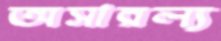
অসারল্য